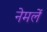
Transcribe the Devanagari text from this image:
नेमलें